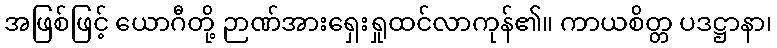
အဖြစ်ဖြင့် ယောဂီတို့ ဉာဏ်အားရှေးရှုထင်လာကုန်၏။ ကာယစိတ္တ ပဒဋ္ဌာနာ၊